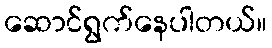
ဆောင်ရွက်နေပါတယ်။